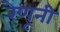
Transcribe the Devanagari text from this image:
रेणूनी